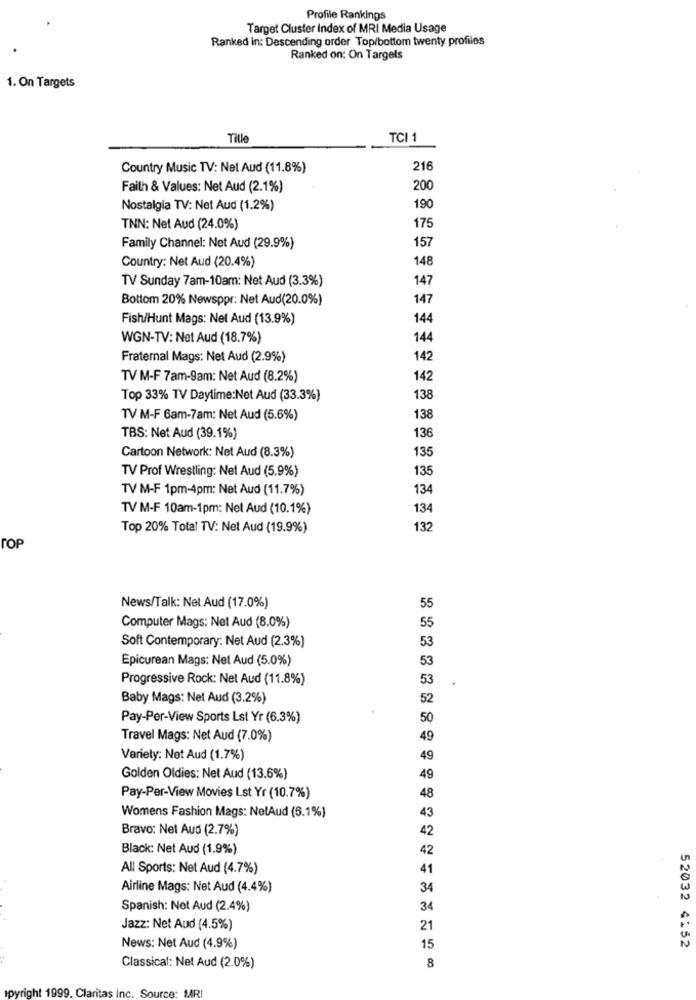
Profile Rankings
Target Cluster Index of MRI Media Usage
Ranked in: Descending order Top/bottom twenty profiles
Ranked on: On Targets
1. On Targets
Till
TCI 1
Country Music TV: Net Aud (11.8%)
216
Faith & Values: Net Aud (2.1%)
20
Nostalgia TV: Net Aud (1.2%)
190
TNN: Net Aud (24.0%)
175
157
Family Channel: Net Aud (29.9%)
148
Country: Net Aud (20.4%)
TV Sunday 7am-10am: Net Aud (3.3%)
147
Bottom 20% Newsppr: Net Aud(20.0%)
147
Fish/Hunt Mags: Net Aud (13.9%)
144
WGN-TV: Net Aud (18.7%)
144
Fraternal Mags: Net Aud (2.9%)
142
TV M-F 7am-9am: Net Aud (8.2%)
142
Top 33% TV Daytime:Net Aud (33.3%)
138
TV M-F 6am-7am: Net Aud (5.6%)
138
136
TBS: Net Aud (39.1%)
135
Cartoon Network: Net Aud (8.3%)
TV Prof Wrestling: Net Aud (5.9%)
135
TV M-F 1pm-4pm: Net Aud (11.7%)
134
TV M-F 10am-1pm: Nel Aud (10.1%)
134
Top 20% Total TV: Net Aud (19.9%)
132
TOP
55
News/Talk: Net Aud (17.0%)
Computer Mags: Net Aud (8.0%)
Soft Contemporary: Net Aud (2.3%)
Epicurean Mags: Net Aud (5.0%)
Progressive Rock: Net Aud (11.8%)
53
Baby Mags: Net Aud (3.2%)
52
Pay-Per-View Sports Lst Yr (6.3%)
50
Travel Mags: Net Aud (7.0%)
49
Variety: Not Aud (1.7%)
49
Golden Oldies: Net Aud (13.6%)
49
Pay-Per-View Movies Lst Yr (10.7%)
48
Womens Fashion Mags: NelAud (6.1%)
43
Bravo: Net Aud (2.7%)
42
Black: Net Aud (1.9%)
42
All Sports: Net Aud (4.7%)
41
Airline Mags: Net Aud (4.4%)
34
Spanish: Net Aud (2.4%)
34
Jazz: Net Aud (4.5%)
21
News: Net Aud (4.9%)
15
52032 4152
8
Classical: Net Aud (2.0%)
Ipyright 1999. Claritas Inc. Source: MRI